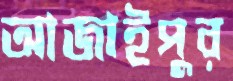
আজাইপুর